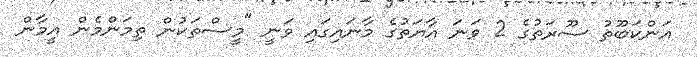
އަންކަބޫތު ސޫރަތުގެ 2 ވަނަ އާޔަތުގެ މާނައިގައި ވަނީ "މީސްތަކުން ތިމަންމެން އީމާން